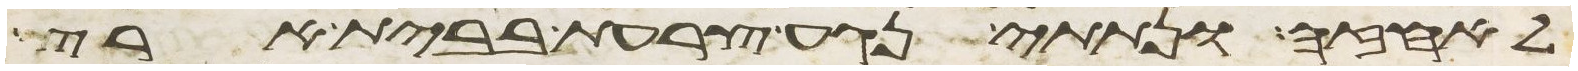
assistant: לאחזה ונתתי נגע צרעת בבית ארץ